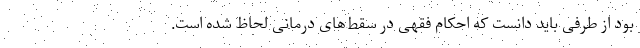
بود از طرفی باید دانست که احکام فقهی در سقط‌های درمانی لحاظ شده است.